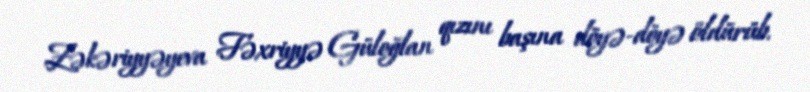
Zəkəriyyəyeva Fəxriyyə Güloğlan qızını başına döyə-döyə öldürüb.